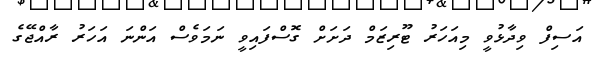
އަސިފް ވިދާޅުވީ މިއަހަރު ޓޫރިޒަމް ދަށަށް ގޮސްފައިވީ ނަމަވެސް އަންނަ އަހަރު ރާއްޖޭގެ